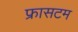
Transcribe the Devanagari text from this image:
फ्रासटम